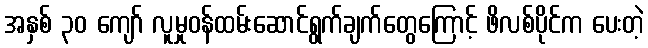
အနှစ် ၃၀ ကျော် လူမှုဝန်ထမ်းဆောင်ရွက်ချက်တွေကြောင့် ဖိလစ်ပိုင်က ပေးတဲ့